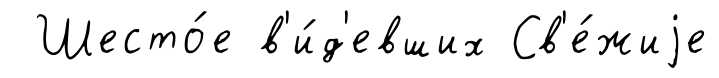
Шесто́е в'и́д'евших Св'е́жиjе